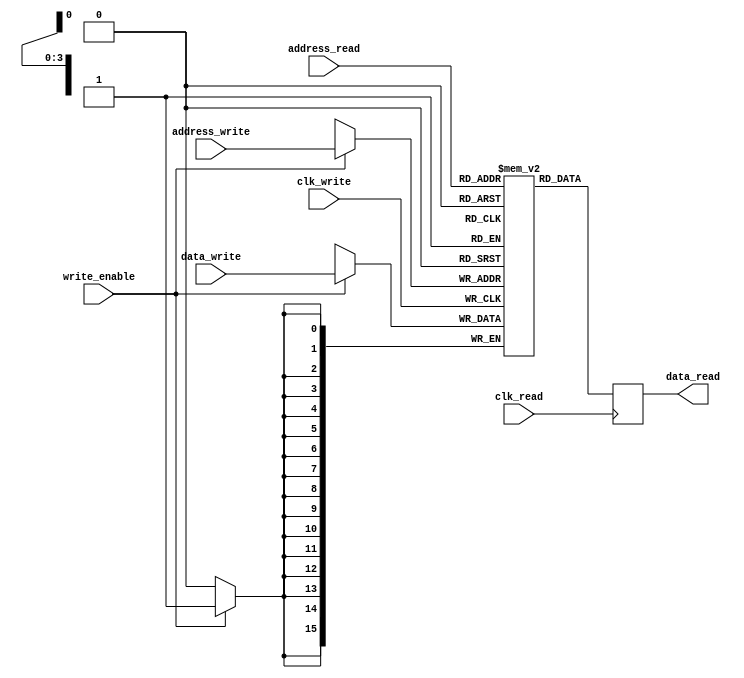
/* 
 * Random Access Memory (RAM) with
 * 1 read port and 1 write port
 */
module ram (clk_write, address_write,
  data_write, write_enable,
  clk_read, address_read, data_read);
  
  parameter D_WIDTH = 16;
  parameter A_WIDTH = 4;
  parameter A_MAX = 16; // 2^A_WIDTH

  // Write port
  input                clk_write;
  input  [A_WIDTH-1:0] address_write;
  input  [D_WIDTH-1:0] data_write;
  input                write_enable;

  // Read port
  input                clk_read;
  input  [A_WIDTH-1:0] address_read;
  output [D_WIDTH-1:0] data_read;
  
  reg    [D_WIDTH-1:0] data_read;
  
  // Memory as multi-dimensional array
  reg [D_WIDTH-1:0] memory [A_MAX-1:0];

  // Write data to memory
  always @(posedge clk_write) begin
    if (write_enable) begin
      memory[address_write] <= data_write;
    end
  end

  // Read data from memory
  always @(posedge clk_read) begin
    data_read <= memory[address_read];
  end

endmodule